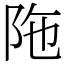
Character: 陁